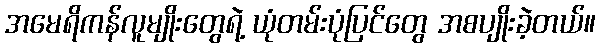
အမေရိကန်လူမျိုးတွေရဲ့ ယုံတမ်းပုံပြင်တွေ အစပျိုးခဲ့တယ်။